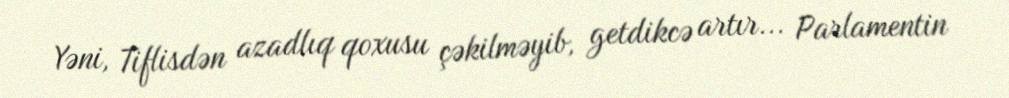
Yəni, Tiflisdən azadlıq qoxusu çəkilməyib, getdikcə artır... Parlamentin